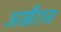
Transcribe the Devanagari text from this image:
अखैराज